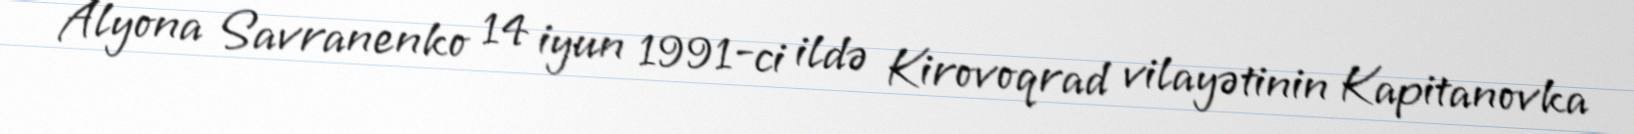
Alyona Savranenko 14 iyun 1991-ci ildə Kirovoqrad vilayətinin Kapitanovka